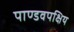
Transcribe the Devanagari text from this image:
पाण्डवपक्षिय